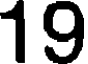
19